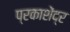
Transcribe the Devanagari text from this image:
प्रकाशेंद्र